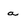
Character: a